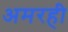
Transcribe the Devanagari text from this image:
अमरही